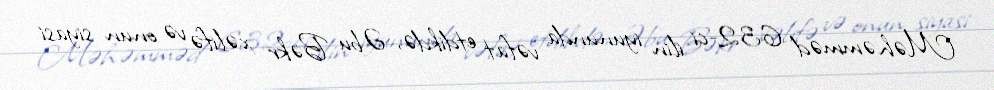
Məhəmməd 632-ci ilin iyununda vəfat etdikdə, Əbu Bəkr xəlifə və onun siyasi